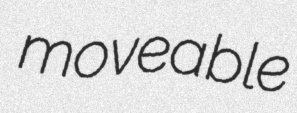
moveable